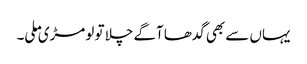
یہاں سے بھی گدھا آگے چلا تو لومڑی ملی۔